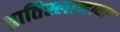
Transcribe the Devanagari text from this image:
ब्रातिस्लाव्हावर